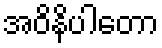
အဝိနိပါတော